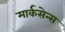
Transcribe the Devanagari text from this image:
मार्कसेन्स